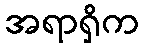
အရာရှိက